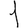
Digit: 1